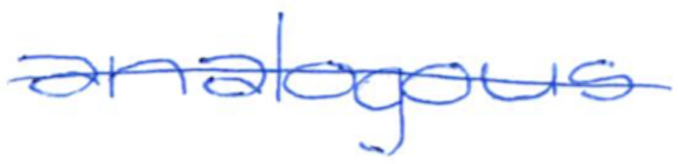
Text: analogous
Cross-out: mix
Writing tool: ballpoint